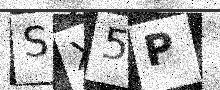
Text: SX5P